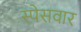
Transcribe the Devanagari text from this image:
स्पेसवार